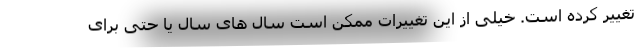
تغییر کرده است. خیلی از این تغییرات ممکن است سال های سال یا حتی برای